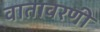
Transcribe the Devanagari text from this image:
वातावरणी